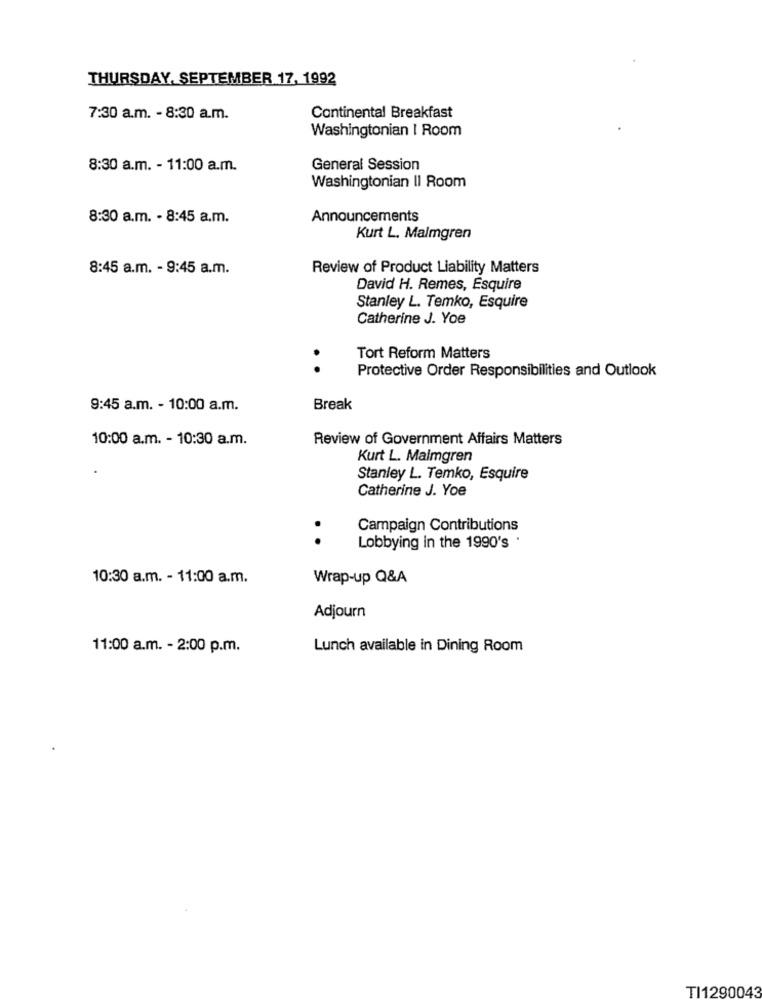
THURSDAY, SEPTEMBER 17, 1992
7:30 a.m. - 8:30 a.m.
Continental Breakfast
Washingtonian I Room
8:30 a.m. - 11:00 a.m.
General Session
Washingtonian II Room
8:30 a.m. - 8:45 a.m.
Announcements
Kurt L. Malmgren
8:45 a.m. - 9:45 a.m.
Review of Product Liability Matters
David H. Remes, Esquire
Stanley L. Temko, Esquire
Catherine J. Yoe
Tort Reform Matters
. .
Protective Order Responsibilities and Outlook
9:45 a.m. - 10:00 a.m.
Break
10:00 a.m. - 10:30 a.m.
Review of Government Affairs Matters
Kurt L. Malmgren
Stanley L. Temko, Esquire
Catherine J. Yoe
Campaign Contributions
. .
Lobbying in the 1990's .
10:30 a.m. - 11:00 a.m.
Wrap-up Q&A
Adjourn
11:00 a.m. - 2:00 p.m.
Lunch available in Dining Room
TI1290043